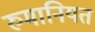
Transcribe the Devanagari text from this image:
रुमानियत